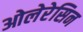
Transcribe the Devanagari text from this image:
ओलेरेसिन